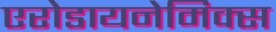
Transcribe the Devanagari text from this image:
एरोडायनेमिक्स